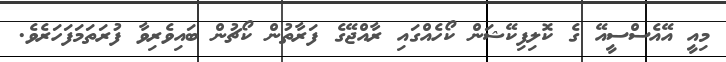
މިއީ އޭއެސްސީއޭ ގެ ކޮލިފިކޭޝަން ކޯހެއްގައި ރާއްޖޭގެ ފަރާތުން ކޯޗުން ބައިވެރިވާ ފުރަތަމަފަހަރެވެ.